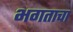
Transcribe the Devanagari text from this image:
भगताचा